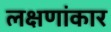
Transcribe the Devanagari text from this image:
लक्षणांकार